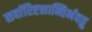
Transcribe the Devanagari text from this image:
सर्वारिष्टशान्तिर्भवतु